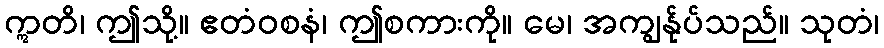
ဣတိ၊ ဤသို့။ ဧတံဝစနံ၊ ဤစကားကို။ မေ၊ အကျွန်ုပ်သည်။ သုတံ၊